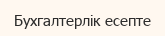
Бухгалтерлік есепте